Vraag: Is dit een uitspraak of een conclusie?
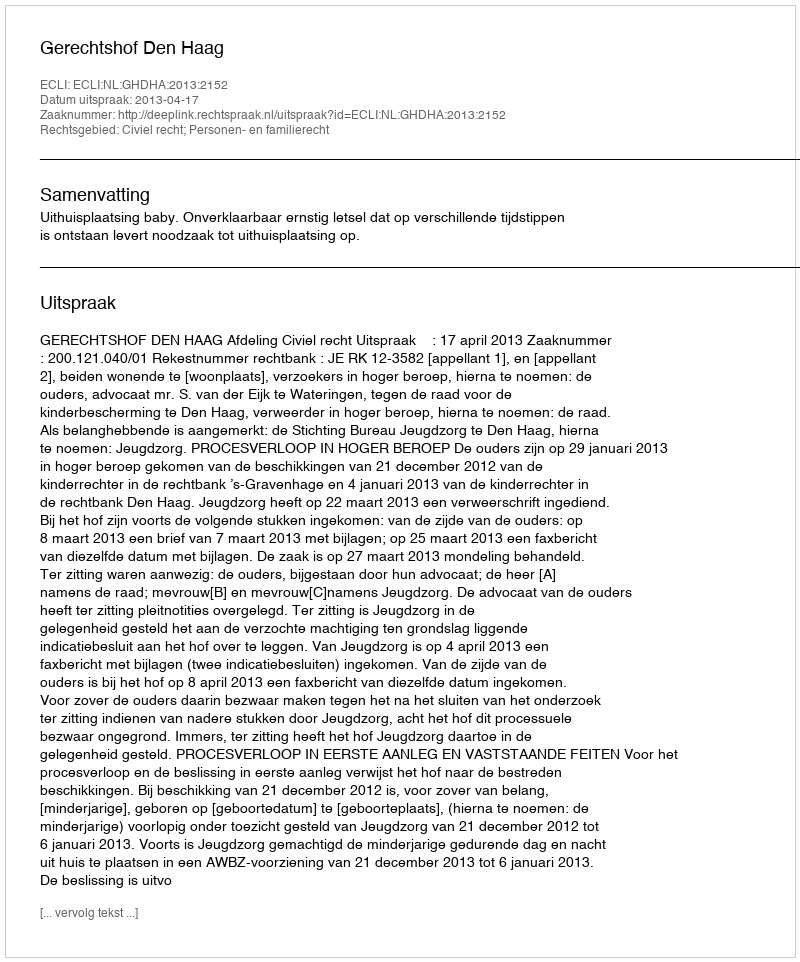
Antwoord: Uitspraak